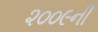
૨૦૦૯ની